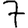
Digit: 7